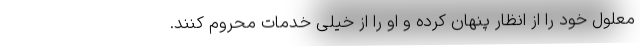
معلول خود را از انظار پنهان کرده و او را از خیلی خدمات محروم کنند.